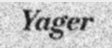
Yager